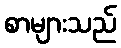
စာများသည်